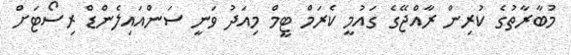
މުބާރާތުގެ ކުރިން ރާއްޖޭގެ ގައުމީ ކެރަމް ޓީމް މިއަދު ވަނީ ސަންއައިލެންޑް ރިސޯޓަށް